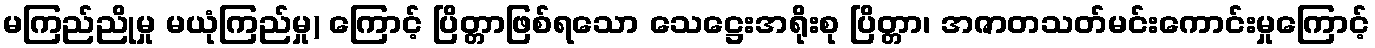
မကြည်ညိုမှု မယုံကြည်မှု) ကြောင့် ပြိတ္တာဖြစ်ရသော သေဋ္ဌေးအရိုးစု ပြိတ္တာ၊ အဇာတသတ်မင်းကောင်းမှုကြောင့်